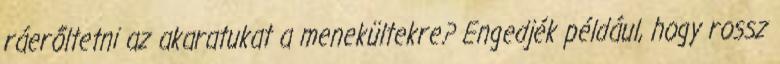
ráerőltetni az akaratukat a menekültekre? Engedjék például, hogy rossz